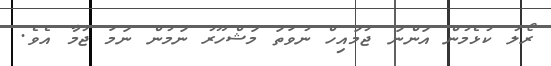
ރޯލު ކުޅެމުން އަންނަ ޖުމައިހް ނުވަތަ މަޝްހޫރު ނަމުން ނަމަ ޖުމާ އެވެ.